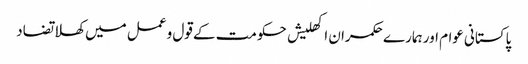
پاکستانی عوام اور ہمارے حکمران	 اکھلیش حکومت کے قول و عمل میں کھلا تضاد